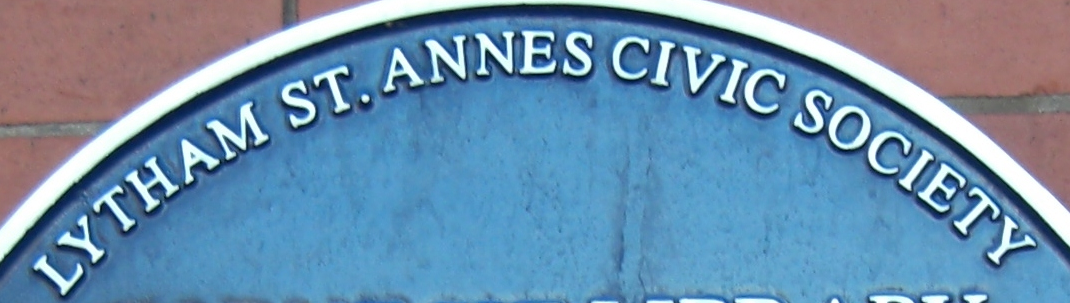
LYTHAM ST.ANNES CIVIC SOCIETY